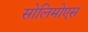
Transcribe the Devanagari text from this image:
सोलिमोएस